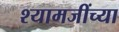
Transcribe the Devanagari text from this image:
श्यामजींच्या